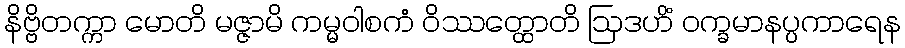
နိဗ္ဗိတက္ကာ မောတိ မဇ္ဇာမိ ကမ္မဝါစကံ ဝိဿတ္ထောတိ ဩဒဟိံ ဝက္ခမာနပ္ပကာရေန